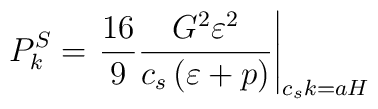
P_k^{S} = \left. \frac{16}{9} \frac{G^2 \varepsilon^2}{c_s \left( \varepsilon + p\right)} \right|_{c_s k = a H}